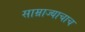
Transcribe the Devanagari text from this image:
साम्राज्याचाच